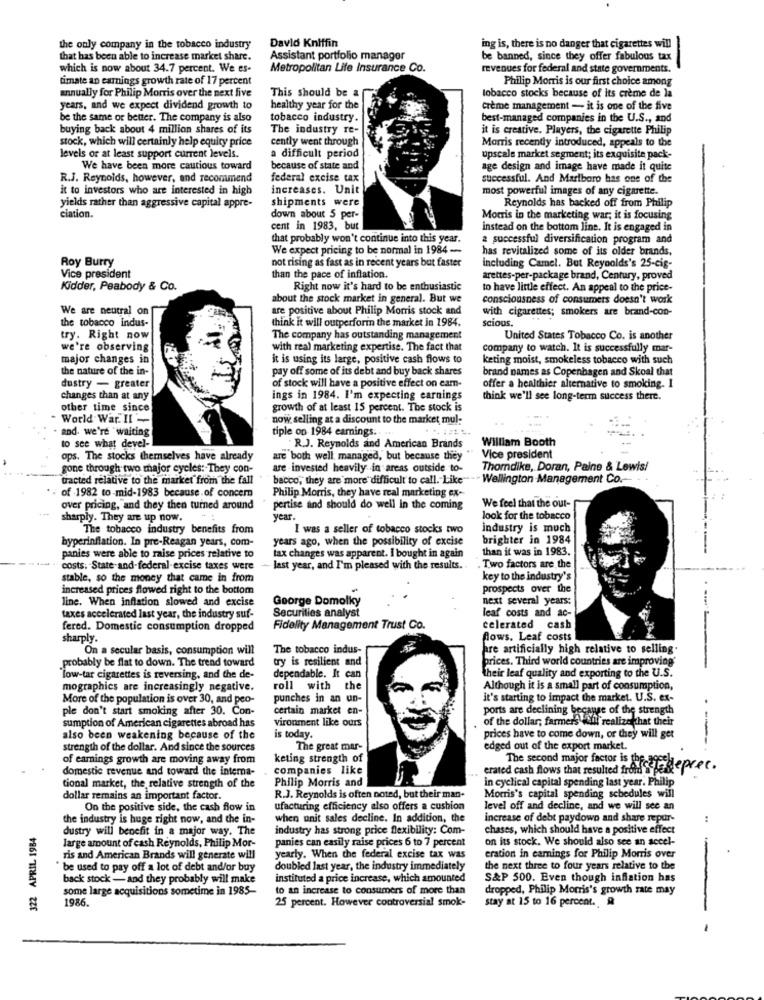
David Kniffin
the only company in the tobacco industry
ing is, there is no danger that cigarettes will
that has been able to increase market share.
Assistant portfolio manager
be banned, since they offer fabulous tax
which is now about 34.7 percent. We es-
Metropolitan Life Insurance Co.
revenues for federal and state governments.
fimate an earnings growth rate of 17 percent
Philip Morris is our first choice among
tobacco stocks because of its crème de la
annually for Philip Morris over the next five
This should be a
years, and we expect dividend growth to
healthy year for the
Crème management - it is one of the five
be the same or better. The company is also
tobacco industry.
best-managed companies in the U.S ., and
buying back about 4 million shares of its
The industry re-
it is creative. Players, the cigarette Philip
stock, which will certainly help equity price
cently went through
Morris recently introduced, appeals to the
levels or at least support current levels.
a difficult period
upscale market segment; its exquisite pack-
We have been more cautious toward
because of state and
age design and image have made it quite
R.J. Reynolds, however, and recommend
federal excise tax
successful. And Marlboro has one of the
it to investors who are interested in high
increases. Unit
most powerful images of any cigarette.
yields rather than aggressive capital appre-
shipments were
Reynolds has backed off from Philip
ciation.
down about 5 per-
Morris in the marketing war; it is focusing
cent in 1983, but
instead on the bottom line. It is engaged in
that probably won't continue into this year.
a successful diversification program and
We expect pricing to be normal in 1984 -
has revitalized some of its older brands.
Roy Burry
including Camel. But Reynolds's 25-cig-
not rising as fast as in recent years but faster
Vice president
than the pace of inflation.
arettes-per-package brand, Century, proved
Kidder, Peabody & Co.
Right now it's hard to be enthusiastic
to have little effect. An appeal to the price-
about the stock market in general. But we
consciousness of consumers doesn't work
We are neutral on
are positive about Philip Morris stock and
with cigarettes; smokers are brand-con-
the tobacco indus-
think it will outperforin the market in 1984.
scious.
try. Right now
The company has outstanding management
United States Tobacco Co. is another
we're observing
with real marketing expertise. The fact that
company to watch. It is successfully mar-
major changes in
it is using its large, positive cash flows to
keting moist, smokeless tobacco with such
the nature of the in-
pay off some of its debt and buy back shares
brand names as Copenhagen and Skoal that
of stock will have a positive effect on cam-
dustry - greater
offer a healthier alternative to smoking. I
changes than at any
ings in 1984. I'm expecting earnings
think we'll see long-term success there.
other time since
growth of at least 15 percent. The stock is
- World War. II -
now selling at a discount to the market mul:
and. we're waiting
tiple op 1984 earnings. . ..
William Booth
to see what devel-
R.J. Reynolds and American Brands
ops. The stocks themselves have already
are both well managed, but because they
Vice president
gone through two major cycles: They con-
are -invested heavily in areas outside to-
Thorndike, Doran, Paine & Lewis/
tracted relative to the market from the fall
bacco, they are more difficult to call. Like"
Wellington Management Co.
Philip Morris, they have real marketing ex --
of 1982 to-mid-1983 because.of concern
over pricing, and they then turned around
pertise and should do well In the coming
We feel that the out-
sharply. They are up now.
year.
look for the tobacco
The tobacco industry benefits from
I was a seller of tobacco stocks two
industry is much
hyperinflation. In pre-Reagan years, com-
years ago, when the possibility of excise
brighter in 1984
than it was in 1983.
panies were able to raise prices relative to
tax changes was apparent. I bought in again
costs. - State-and-federal-excise taxes were
last year, and I'm pleased with the results.
. Two factors are the
stable, so the money that came in from
key to the industry's
increased prices flowed right to the bottom
prospects over the
line. When inflation slowed and excise
George Domolky
next several years:
taxes accelerated last year, the industry suf-
Securities analyst
leaf costs and ac-
fered. Domestic consumption dropped
Fidelity Management Trust Co.
celerated cash
sharply.
flows. Leaf costs
On a secular basis, consumption will
The tobacco indus-
pre artificially high relative to selling.
.probably be flat to down. The trend toward
try is resilient and
prices. Third world countries are improving'
low-tar cigarettes is reversing, and the de-
dependable. It can
Their leaf quality and exporting to the U.S.
mographics are increasingly negative.
roll with the
Although it is a small part of consumption,
More of the population is over 30, and peo-
punches in an un-
it's starting to impact the market. U.S. ex-
ple don't start smoking after 30. Con-
certain market en-
ports are declining because of the strength
vironment like ours
of the dollar; farmers will realize that their
sumption of American cigarettes abroad has
is today.
also been weakening because of the
prices have to come down, or they will get
strength of the dollar. And since the sources
The great mar-
edged out of the export market.
of earnings growth are moving away from
keting strength of
domestic revenue and toward the interna-
companies like
erated cash flows that resulted frau spegeprec.
The second major factor is the-arech
Philip Morris and
in cyclical capital spending last year. Philip
tional market, the relative strength of the
dollar remains an important factor.
R.J. Reynolds is often noted, but their man-
Morris's capital spending schedules will
On the positive side, the cash flow in
ufacturing efficiency also offers a cushion
level off and decline, and we will see an
the industry is huge right now, and the in-
when unit sales decline. In addition, the
increase of debt paydown and share repur-
322 APRIL 1984
dustry will benefit in a major way. The
industry has strong price flexibility: Com-
chases, which should have a positive effect
on its stock. We should also see an accel-
large amount of cash Reynolds, Philip Mor-
panies can easily raise prices 6 to 7 percent
ris and American Brands will generate will
yearly. When the federal excise tax was
eration in earnings for Philip Morris over
* be used to pay off a lot of debt and/or buy
doubled last year, the industry immediately
the next three to four years relative to the
back stock - and they probably will make
instituted a price increase, which amounted
S&P 500. Even though inflation has
some large acquisitions sometime in 1985-
to an increase to consumers of more than
dropped, Philip Morris's growth rate may
1986.
25 percent. However controversial smok-
stay at 15 to 16 percent. A